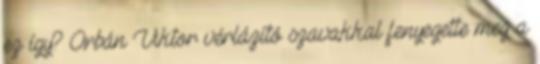
ez így? Orbán Viktor vérlázító szavakkal fenyegette meg a